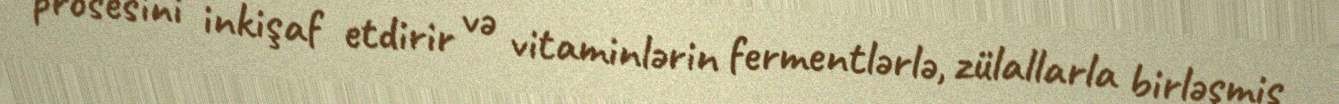
prosesini inkişaf etdirir və vitaminlərin fermentlərlə, zülallarla birləşmiş